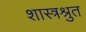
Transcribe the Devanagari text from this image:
शास्त्रश्रुत